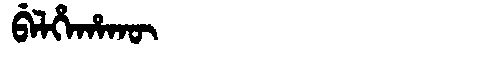
Manchu: ᠪᡝᠯᡥᡝᡥᠠᡴᡡ
Romanization: BELHEHAKŪ